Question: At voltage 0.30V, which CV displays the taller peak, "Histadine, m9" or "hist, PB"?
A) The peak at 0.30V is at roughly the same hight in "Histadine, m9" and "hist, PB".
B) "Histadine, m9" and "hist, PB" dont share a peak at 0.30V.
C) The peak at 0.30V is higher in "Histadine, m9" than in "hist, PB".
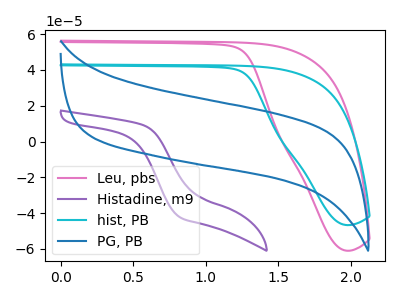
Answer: <think>The pink curve "Leu, pbs" has no peaks. The purple curve "Histadine, m9" has no peaks. The cyan curve "hist, PB" has no peaks. The blue curve "PG, PB" has no peaks.</think>
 <answer>B) "Histadine, m9" and "hist, PB" dont share a peak at 0.30V.</answer>
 <eval>B</eval>